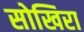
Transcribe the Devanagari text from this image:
सोखिरा